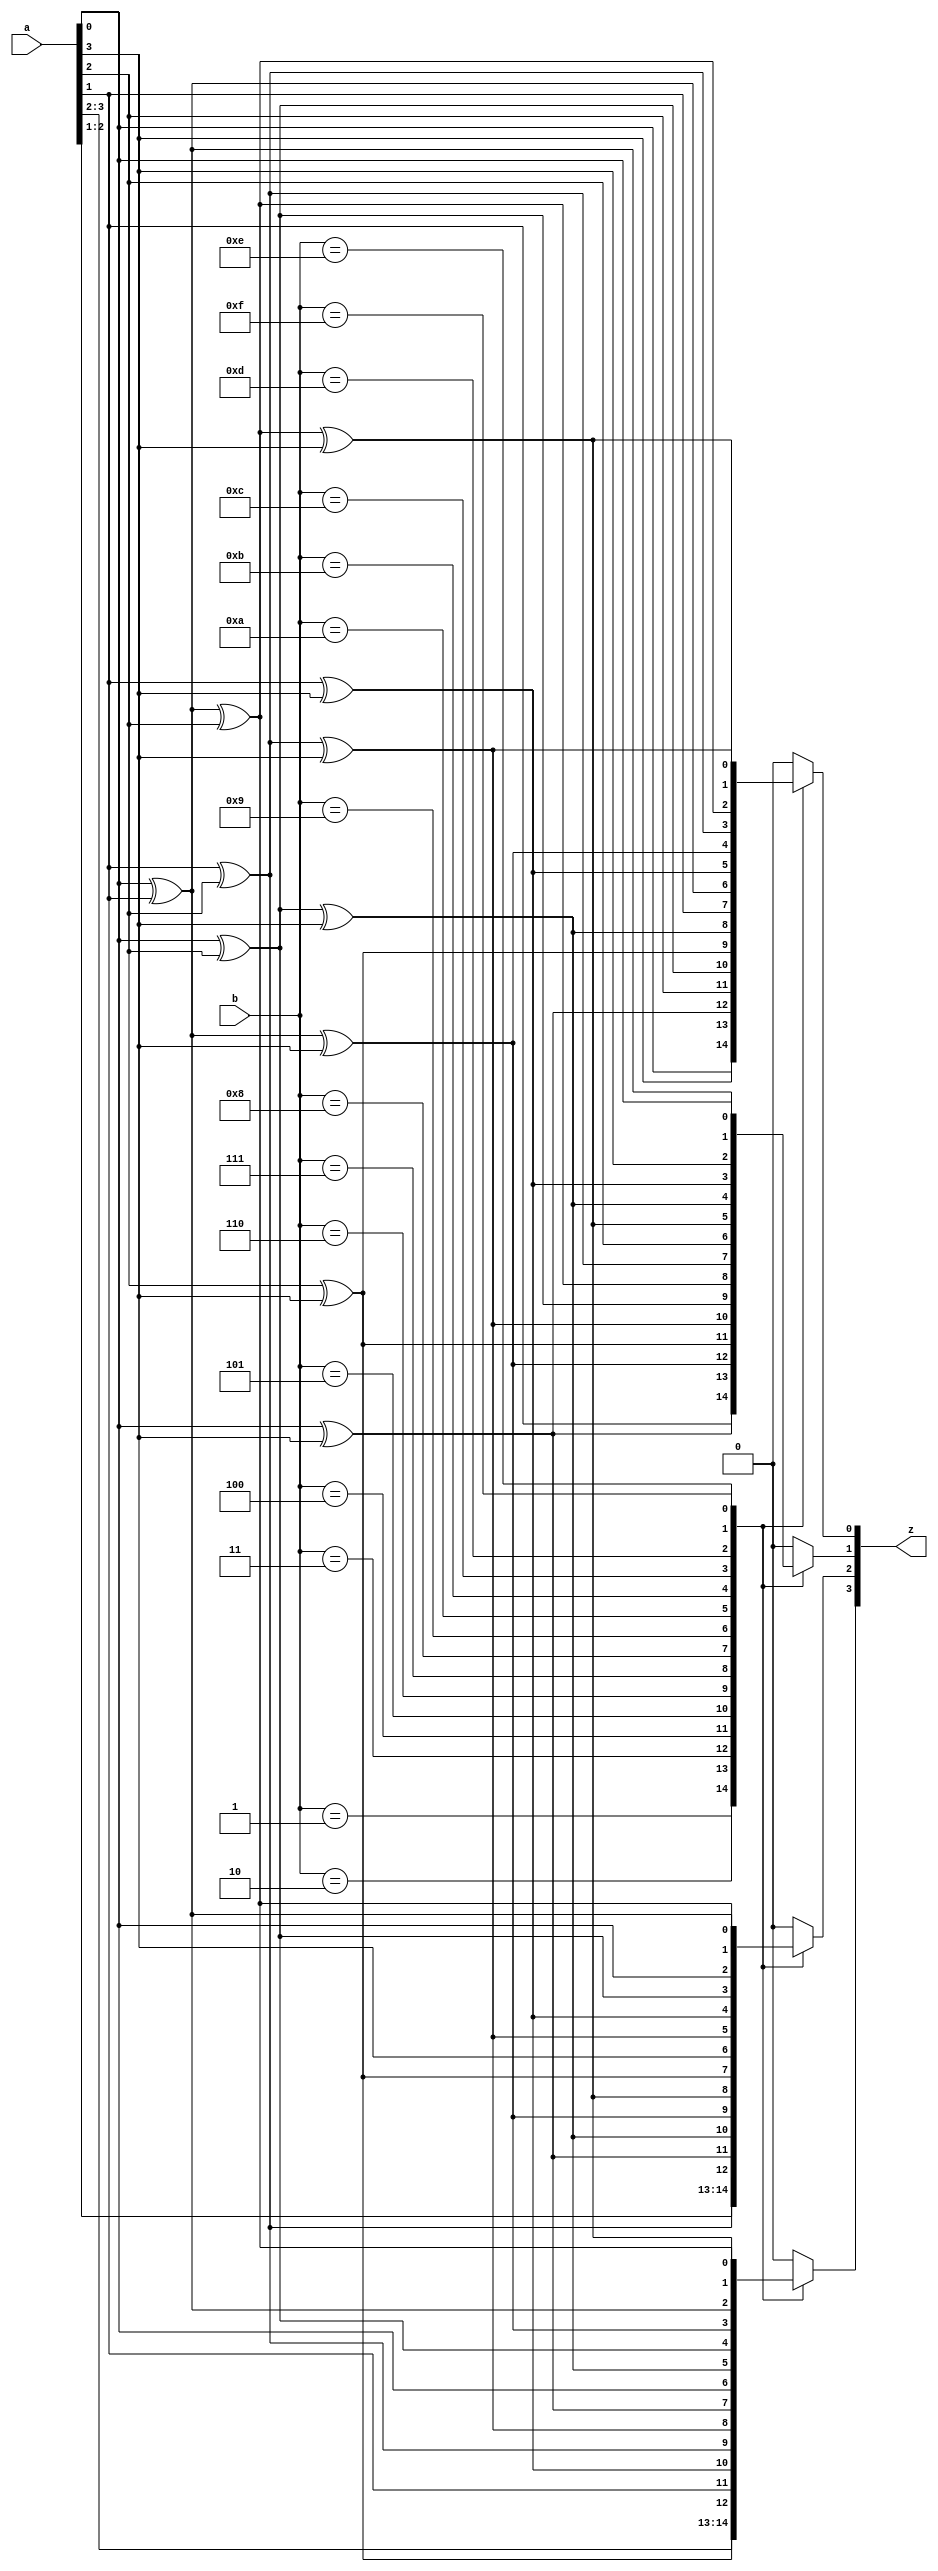
module gf16mul_dec(
    input       [3:0] a,
    input       [3:0] b,
    output  reg [3:0] z
);
always @(*)
begin
    case (b)
        4'd1:
            begin
                z[0] = a[0];
                z[1] = a[1];
                z[2] = a[2];
                z[3] = a[3];
            end
        4'd2:
            begin
                z[0] = a[3];
                z[1] = a[0] ^ a[3];
                z[2] = a[1];
                z[3] = a[2];
            end
        4'd3:
            begin
                z[0] = a[0] ^ a[3];
                z[1] = a[0] ^ a[1] ^ a[3];
                z[2] = a[1] ^ a[2];
                z[3] = a[2] ^ a[3];
            end
        4'd4:
            begin
                z[0] = a[2];
                z[1] = a[2] ^ a[3];
                z[2] = a[0] ^ a[3];
                z[3] = a[1];
            end
        4'd5:
            begin
                z[0] = a[0] ^ a[2];
                z[1] = a[1] ^ a[2] ^ a[3];
                z[2] = a[0] ^ a[2] ^ a[3];
                z[3] = a[1] ^ a[3];
            end
        4'd6:
            begin
                z[0] = a[2] ^ a[3];
                z[1] = a[0] ^ a[2];
                z[2] = a[0] ^ a[1] ^ a[3];
                z[3] = a[1] ^ a[2];
            end
        4'd7:
            begin
                z[0] = a[0] ^ a[2] ^ a[3];
                z[1] = a[0] ^ a[1] ^ a[2];
                z[2] = a[0] ^ a[1] ^ a[2] ^ a[3];
                z[3] = a[1] ^ a[2] ^ a[3];
            end
        4'd8:
            begin
                z[0] = a[1];
                z[1] = a[1] ^ a[2];
                z[2] = a[2] ^ a[3];
                z[3] = a[0] ^ a[3];
            end
        4'd9:
            begin
                z[0] = a[0] ^ a[1];
                z[1] = a[2];
                z[2] = a[3];
                z[3] = a[0];
            end
        4'd10:
            begin
                z[0] = a[1] ^ a[3];
                z[1] = a[0] ^ a[1] ^ a[2] ^ a[3];
                z[2] = a[1] ^ a[2] ^ a[3];
                z[3] = a[0] ^ a[2] ^ a[3];
            end
        4'd11:
            begin
                z[0] = a[0] ^ a[1] ^ a[3];
                z[1] = a[0] ^ a[2] ^ a[3];
                z[2] = a[1] ^ a[3];
                z[3] = a[0] ^ a[2];
            end
        4'd12:
            begin
                z[0] = a[1] ^ a[2];
                z[1] = a[1] ^ a[3];
                z[2] = a[0] ^ a[2];
                z[3] = a[0] ^ a[1] ^ a[3];
            end
        4'd13:
            begin
                z[0] = a[0] ^ a[1] ^ a[2];
                z[1] = a[3];
                z[2] = a[0];
                z[3] = a[0] ^ a[1];
            end
        4'd14:
            begin
                z[0] = a[1] ^ a[2] ^ a[3];
                z[1] = a[0] ^ a[1];
                z[2] = a[0] ^ a[1] ^ a[2];
                z[3] = a[0] ^ a[1] ^ a[2] ^ a[3];
            end
        4'd15:
            begin
                z[0] = a[0] ^ a[1] ^ a[2] ^ a[3];
                z[1] = a[0];
                z[2] = a[0] ^ a[1];
                z[3] = a[0] ^ a[1] ^ a[2];
            end
        default:
            begin
                z[0] = 0; 
                z[1] = 0; 
                z[2] = 0; 
                z[3] = 0; 
            end
    endcase
end
endmodule